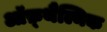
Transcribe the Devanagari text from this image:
ऑफ़्थैल्मिक